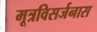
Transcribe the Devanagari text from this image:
मूत्रविसर्जनास